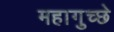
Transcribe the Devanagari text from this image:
महागुच्छे